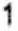
1